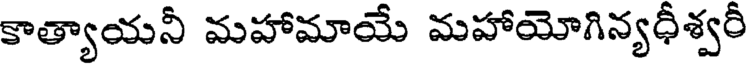
కాత్యాయనీ మహామాయే మహాయోగిన్యధీశ్వరీ